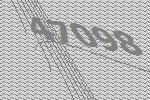
47098